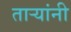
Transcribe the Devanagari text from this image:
तार्‍यांनी